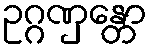
ဥဂ္ဂဏှန္တော